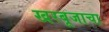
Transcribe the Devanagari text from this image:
खरबूजाचा